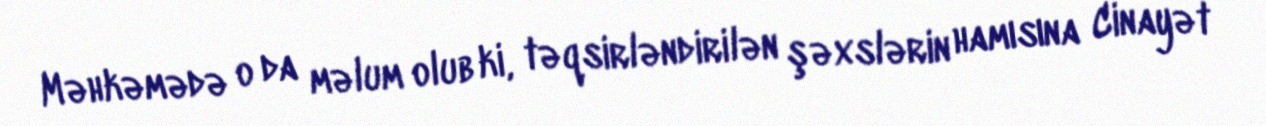
Məhkəmədə o da məlum olub ki, təqsirləndirilən şəxslərin hamısına Cinayət